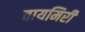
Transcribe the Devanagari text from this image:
वायमिरी